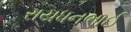
રાયધનભાઈ